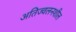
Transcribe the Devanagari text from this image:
अतिज्वलनशील